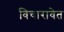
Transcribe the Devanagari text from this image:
विचारावेत